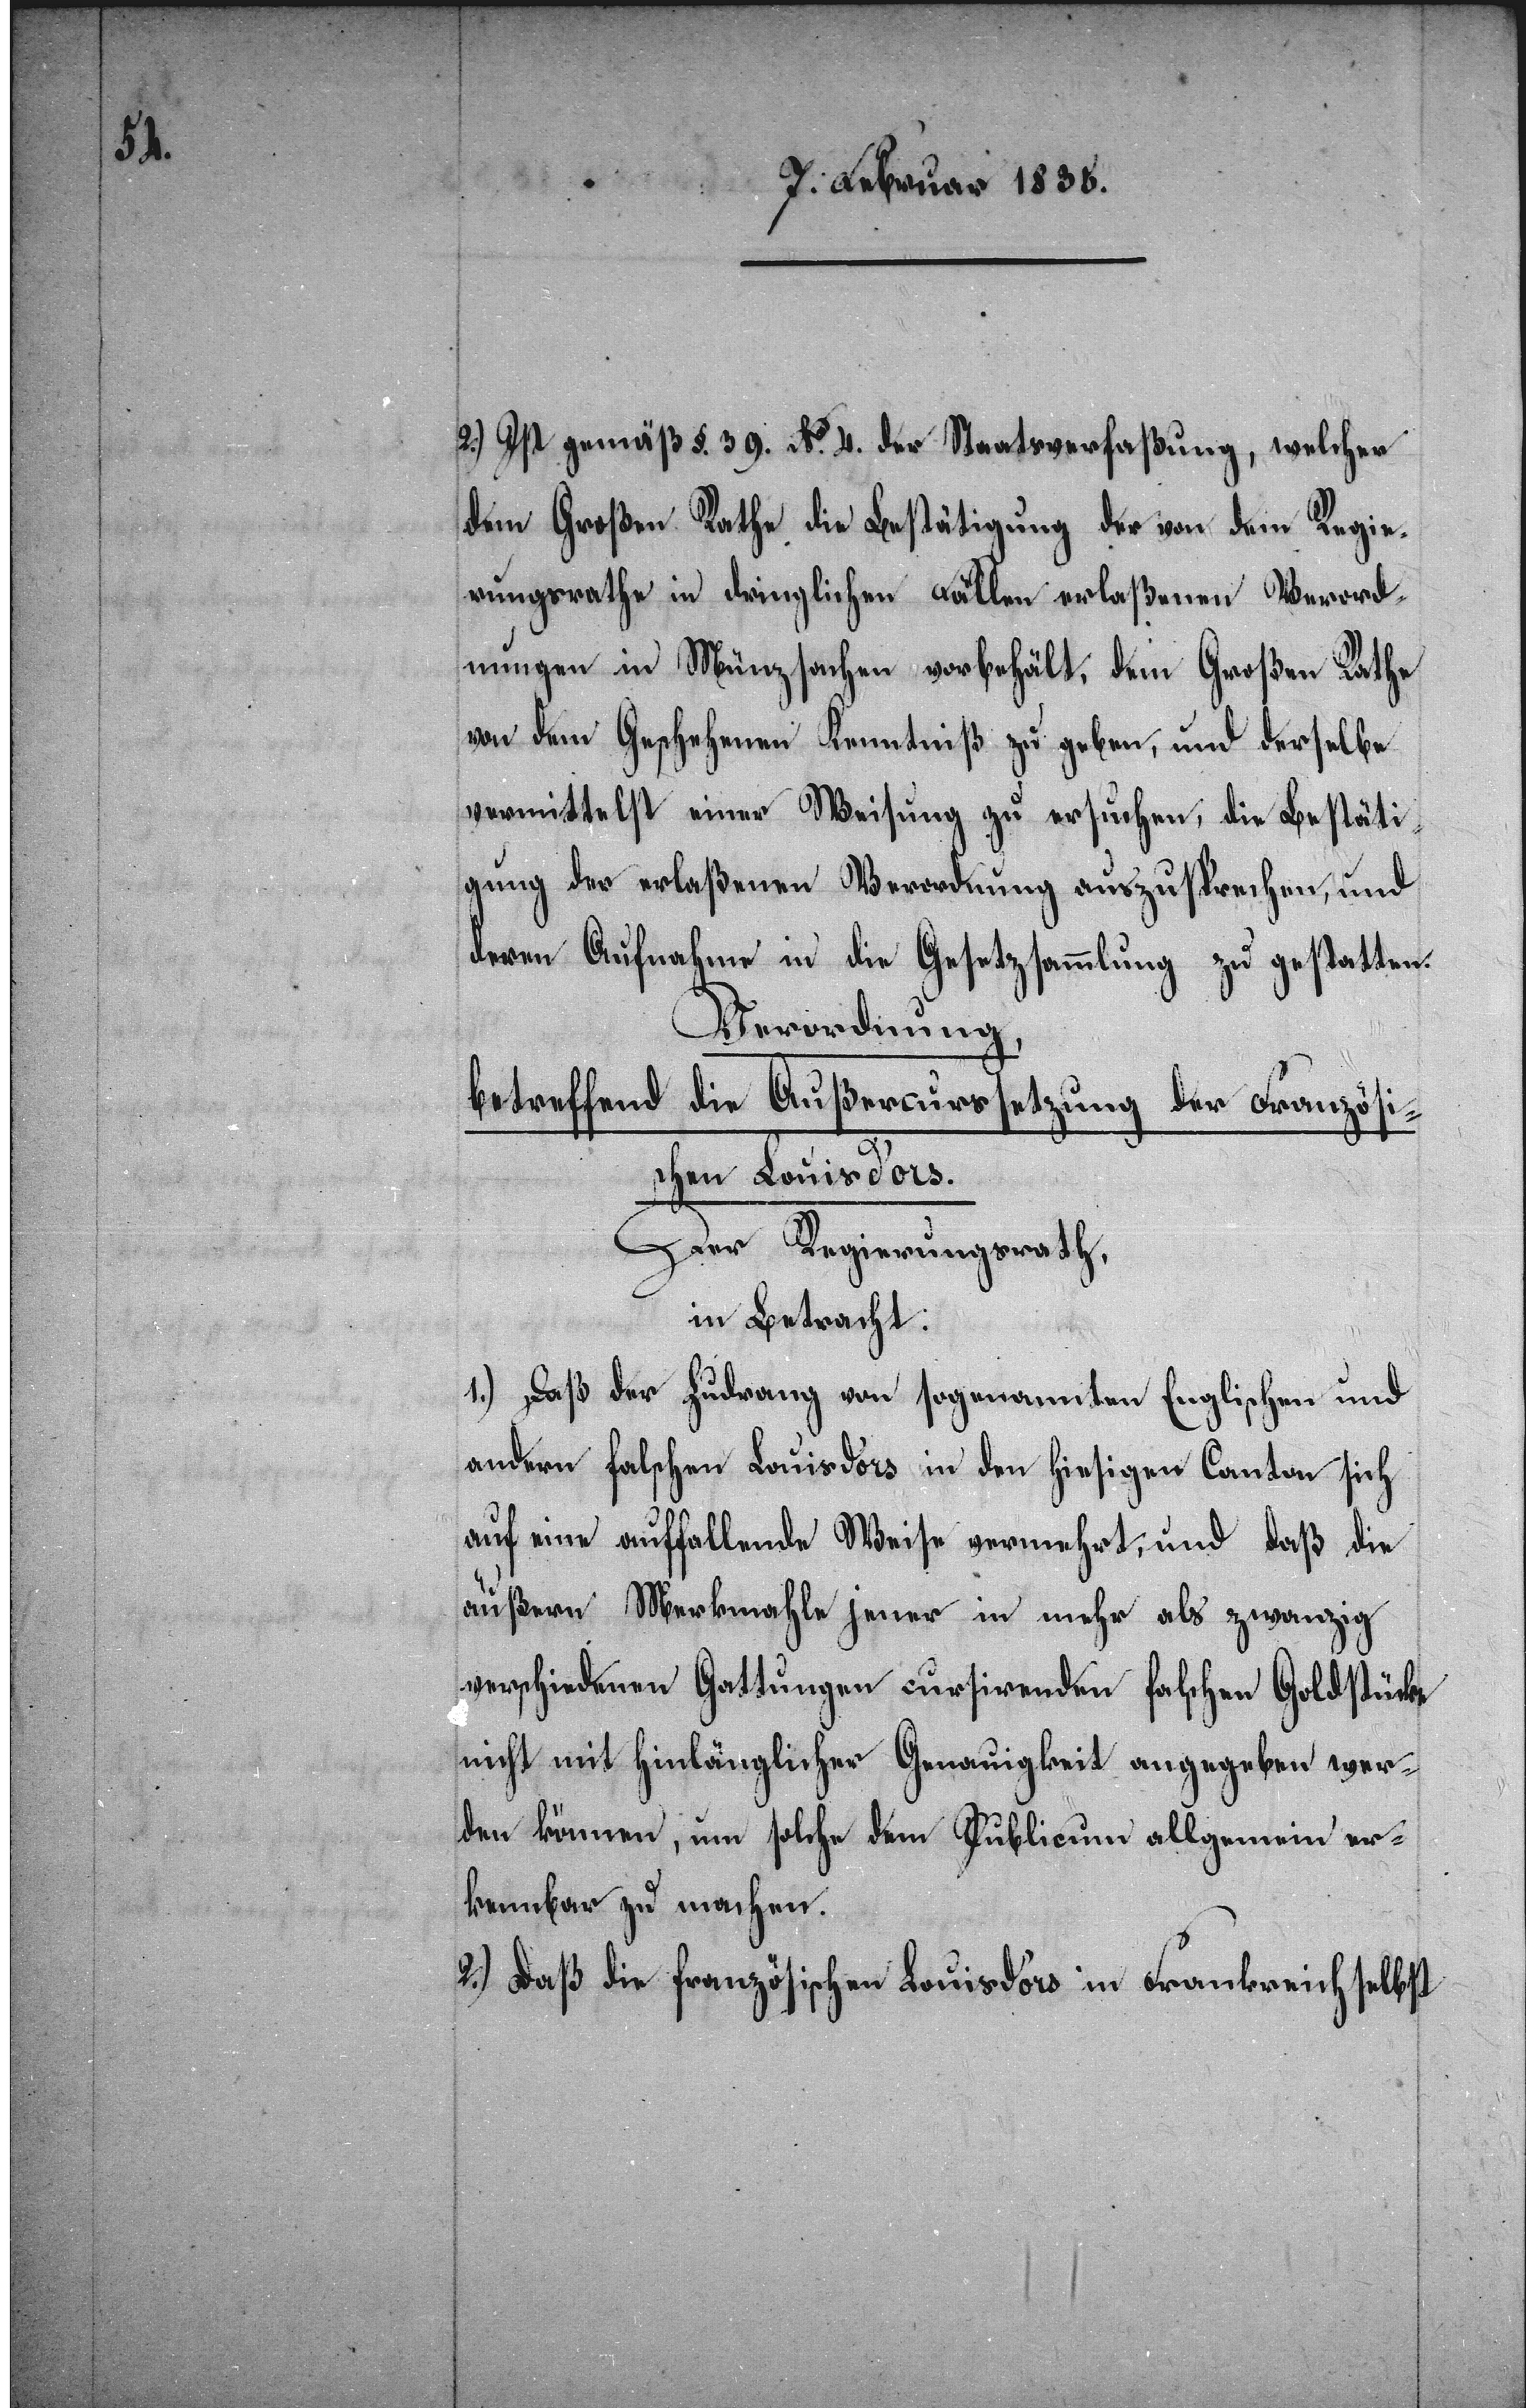
2.) Ist gemäß §. 39. No. 4. der Staatsverfaßung, welcher
dem Großen Rathe die Bestätigung der von dem Regie¬
rungsrathe in dringlichen Fällen erlaßenen Verord¬
nungen in Münzsachen vorbehält, dem Großen Rathe
von dem Geschehenen Kenntniß zu geben, und derselbe
vermittelst einer Weisung zu ersuchen, die Bestäti¬
gung der erlaßenen Verordnung auszusprechen, und
deren Aufnahme in die Gesetzsammlung zu gestatten.
Verordnung,
betreffend
die Außercurssetzung der Französi¬
schen Louisd’ors.
Der Regierungsrath,
in Betracht:
1.) Daß der Zudrang von sogenannten Englischen und
andern falschen Louisd’ors in den hiesigen Canton sich
auf eine auffallende Weise vermehrt, und daß die
äußern Merkmahle jener in mehr als zwanzig
verschiedenen Gattungen cursirenden falschen Goldstücke
nicht mit hinlänglicher Genauigkeit angegeben wer¬
den können, um solche dem Publicum allgemein er¬
kennbar zu machen.
2.) Daß die französischen Louisd’ors in Frankreich selbst